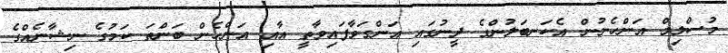
މުސްލިމް އަންހެނުން އެކަނބަލުންގެ ދީނުގައި އަންގަވާފައިވާތީ އާއި އަންހެން ބަންތަ ކަމުގެ ނިޝާނެއްގެ